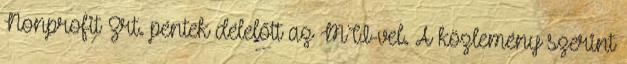
Nonprofit Zrt. péntek délelőtt az MTI-vel. A közlemény szerint